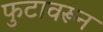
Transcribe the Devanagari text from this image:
फुटावरून